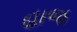
હાજ